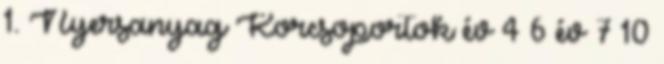
1. Nyersanyag Korcsoportok év 4 6 év 7 10